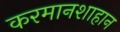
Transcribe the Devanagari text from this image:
करमानशाहान